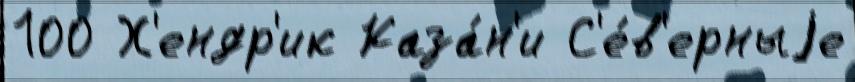
100 Х'ендр'ик Каза́н'и С'е́в'ерныjе